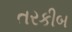
તરકીબ